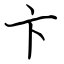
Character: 卞